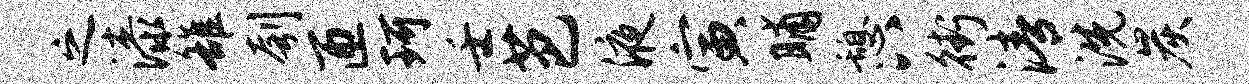
之漆雒刳匝珂壬芭液寅晡憩八街清洗炭